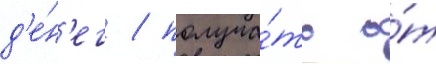
д'е́н'ег / получа́ть о́т